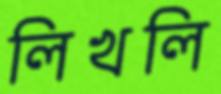
লিখলি